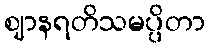
ဈာနရတိသမပ္ပိတာ